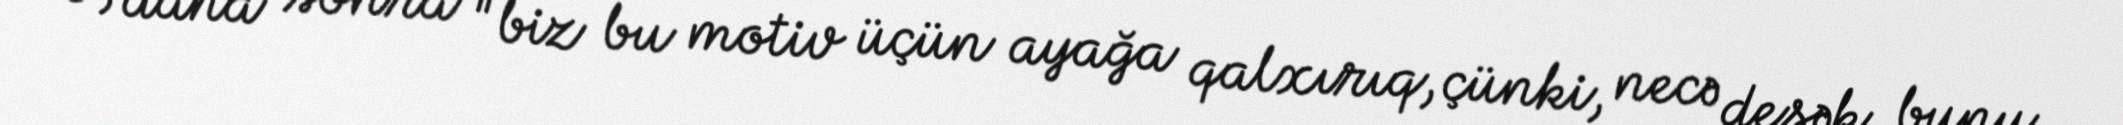
O, daha sonra "biz bu motiv üçün ayağa qalxırıq, çünki, necə desək, bunu